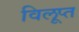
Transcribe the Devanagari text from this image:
विलूप्त